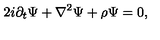
2 i \partial _ { t } \Psi + \nabla ^ { 2 } \Psi + { \rho } \Psi = 0 ,